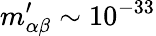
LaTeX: m_{\alpha\beta}^{\prime}\sim 10^{-33}